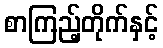
စာကြည့်တိုက်နှင့်